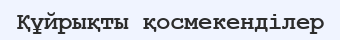
Құйрықты қосмекенділер